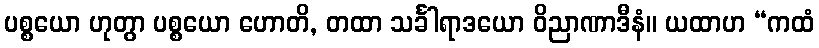
ပစ္စယော ဟုတွာ ပစ္စယော ဟောတိ, တထာ သင်္ခါရာဒယော ဝိညာဏာဒီနံ။ ယထာဟ “ကထံ